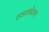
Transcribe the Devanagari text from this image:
हडकोळण